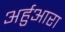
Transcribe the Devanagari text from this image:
अर्हुआरा